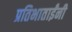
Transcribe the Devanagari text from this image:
प्रतिभाताईंनी